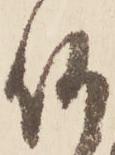
仰